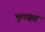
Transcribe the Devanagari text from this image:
भुलक्कड